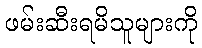
ဖမ်းဆီးရမိသူများကို